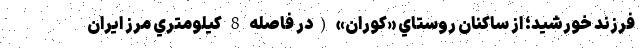
فرزند خورشيد؛ از ساكنان روستاي «كوران» (در فاصله 8 كيلومتري مرز ايران